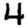
Digit: 4